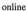
online.